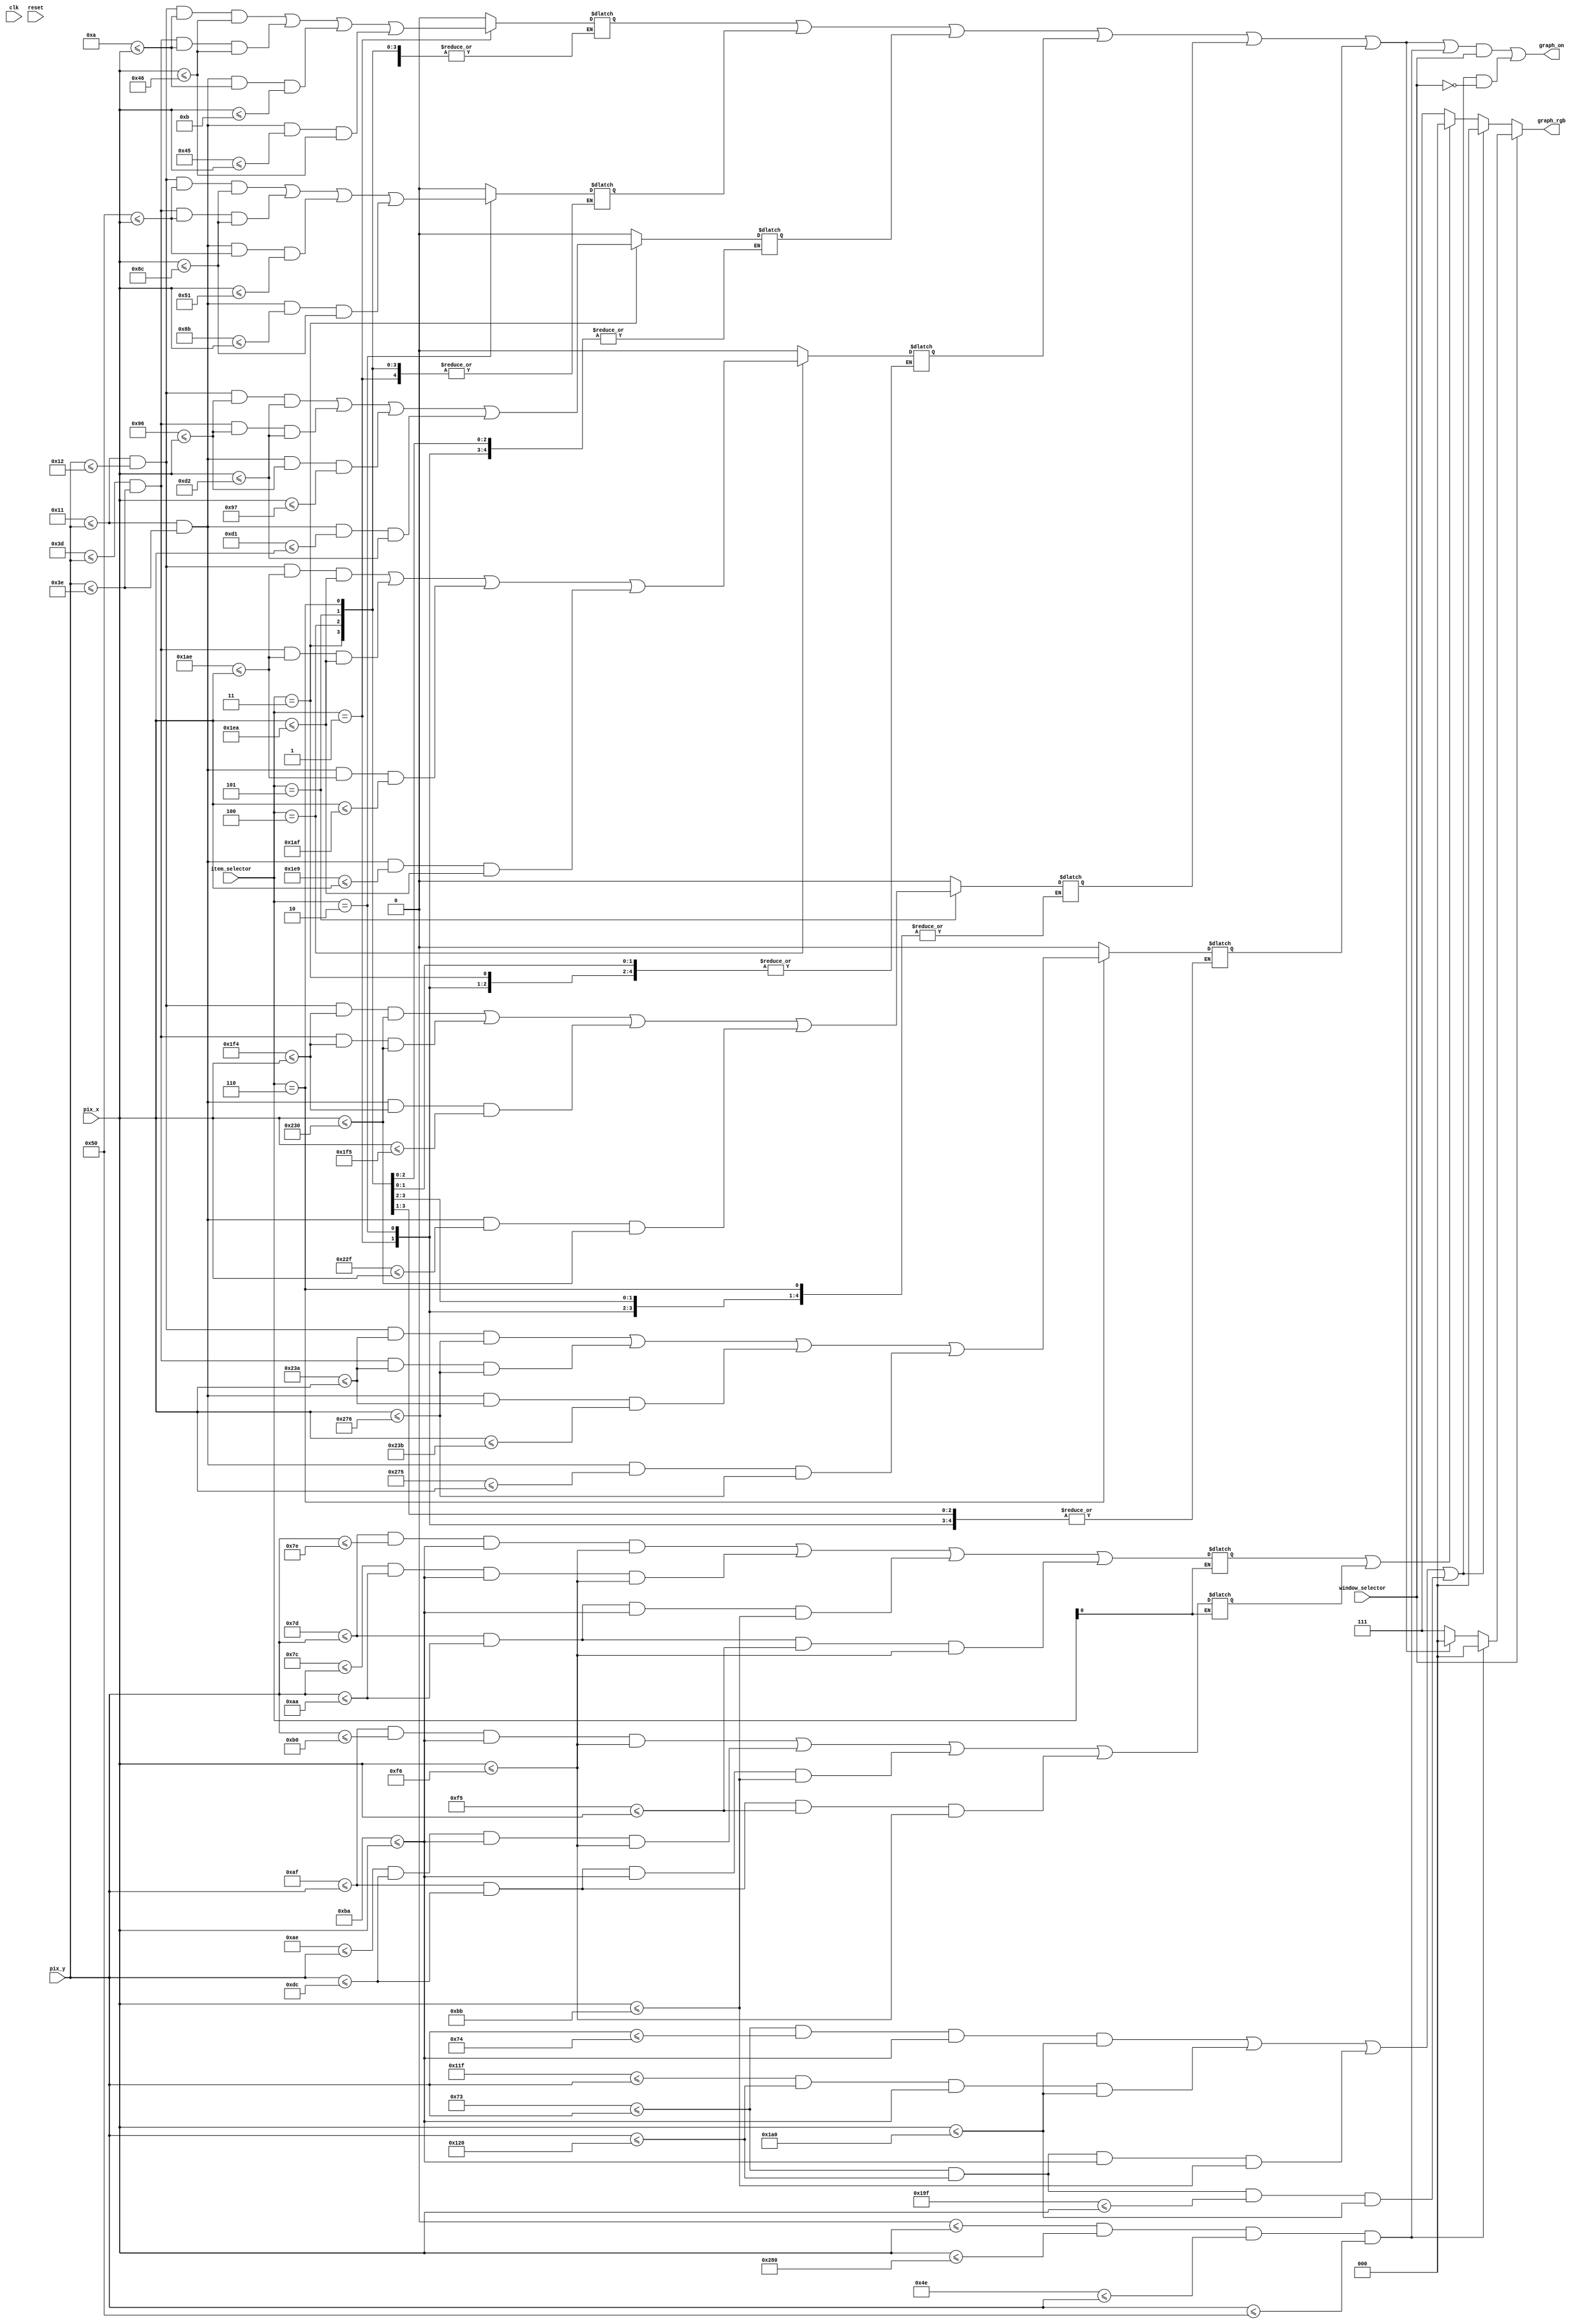
// Listing 14.7
module textMenu_graph 
   (
    input wire clk, reset,
    input wire [2:0] item_selector,
    input wire [9:0] pix_x, pix_y,
	 input wire window_selector,
    output wire graph_on,
    output reg [2:0] graph_rgb
   );

   // costant and signal declaration
   // x, y coordinates (0,0) to (639,479)
   localparam MAX_X = 640;
   localparam MAX_Y = 480;
   
	//Top menu text window sections
	localparam itemTextMenu1 = 4'd1;
	localparam itemTextMenu2 = 4'd2;
	localparam itemTextMenu3 = 4'd3;
	localparam itemTextMenu4 = 4'd4;
	localparam itemTextMenu5 = 4'd5;
	localparam itemTextMenu6 = 4'd6;
	
	//Main menu dialog sections
	localparam itemMainMenu1=1'b0;
	localparam itemMainMenu2=1'b1;
	
	//Menu main window vertical limits
	localparam topMenu_main_y_limit_top = 115;
	localparam topMenu_main_y_limit_bottom = 288;
	
	//Top menu text window vertical limits
	localparam topMenu_y_limit_top = 0;
	localparam topMenu_y_limit_bottom = 80;
	
	//Top menu text window horizontal limits
	localparam topMenu_x_limit_left=0;
	localparam topMenu_x_limit_right=640;
	
	//Top menu main window horizontal limits
	localparam topMenu_main_x_limit_left=186;
	localparam topMenu_main_x_limit_right=416;
	
	//Top menu items sections horizontal each region
	localparam topMenu_x_open_limit_left=10;
	localparam topMenu_x_open_limit_right=topMenu_x_open_limit_left+60;
	localparam topMenu_x_save_limit_left=topMenu_x_open_limit_right+10;
	localparam topMenu_x_save_limit_right=topMenu_x_save_limit_left+60;
	localparam topMenu_x_exit_limit_left=topMenu_x_save_limit_right+10;
	localparam topMenu_x_exit_limit_right=topMenu_x_exit_limit_left+60;
	localparam topMenu_x_center_width=topMenu_x_exit_limit_right+210;
	localparam topMenu_x_caps_limit_left=topMenu_x_center_width+10;
	localparam topMenu_x_caps_limit_right=topMenu_x_caps_limit_left+60;
	localparam topMenu_x_color_limit_left=topMenu_x_caps_limit_right+10;
	localparam topMenu_x_color_limit_right=topMenu_x_color_limit_left+60;
	localparam topMenu_x_size_limit_left=topMenu_x_color_limit_right+10;
	localparam topMenu_x_size_limit_right=topMenu_x_size_limit_left+60;
	
	localparam topMenu_main_y_item_top_limit= topMenu_main_y_limit_top+10;   //////////
	localparam topMenu_main_y_item_bottom_limit= topMenu_main_y_item_top_limit+45;
	localparam topMenu_main_x_item_left_limit= topMenu_main_x_limit_left;
	localparam topMenu_main_x_item_right_limit= topMenu_main_x_limit_left+60;
	
	
	//Top menu items vertical limits
	localparam topMenu_y_item_top_limit=topMenu_y_limit_top+17;
	localparam topMenu_y_item_bottom_limit=topMenu_y_item_top_limit+45; 
	
	wire menu_mostrar_separador;
	wire menu_mostrar;
	
	assign menu_mostrar_separador = (topMenu_x_limit_left<=pix_x) && (pix_x <= topMenu_x_limit_right) &&
							    (topMenu_y_limit_bottom-2<=pix_y) && (pix_y <= topMenu_y_limit_bottom);
   
	assign menu_mostrar=((topMenu_main_y_limit_top<=pix_y) && (pix_y <= topMenu_main_y_limit_top+1) &&
								(topMenu_main_x_limit_left<=pix_x) && (pix_x <= topMenu_main_x_limit_right)) ||
								((topMenu_main_y_limit_bottom-1<=pix_y) && (pix_y <= topMenu_main_y_limit_bottom) &&
								(topMenu_main_x_limit_left<=pix_x) && (pix_x <= topMenu_main_x_limit_right)) ||
								((topMenu_main_y_limit_top<=pix_y) && (pix_y <= topMenu_main_y_limit_bottom) &&
								(topMenu_main_x_limit_left<=pix_x) && (pix_x <= topMenu_main_x_limit_left+1)) ||
								((topMenu_main_y_limit_top<=pix_y) && (pix_y <= topMenu_main_y_limit_bottom) &&
								(topMenu_main_x_limit_right-1<=pix_x) && (pix_x <= topMenu_main_x_limit_right));


	
	reg[5:0] show_item_selector;
	reg [1:0] show_item_main_selector;
	
	reg [2:0] currentItemTextMenu;
	reg currentItemMainMenu;
	


always @ (*) begin
		
		currentItemTextMenu= item_selector;
	
		case(currentItemTextMenu) 
		
			itemTextMenu1: begin
							show_item_selector[0] = ((topMenu_y_item_top_limit<=pix_y) && (pix_y <= topMenu_y_item_top_limit+1) &&
															(topMenu_x_open_limit_left<=pix_x) && (pix_x <= topMenu_x_open_limit_right)) ||
															((topMenu_y_item_bottom_limit-1<=pix_y) && (pix_y <= topMenu_y_item_bottom_limit) &&
															(topMenu_x_open_limit_left<=pix_x) && (pix_x <= topMenu_x_open_limit_right)) ||
															((topMenu_y_item_top_limit<=pix_y) && (pix_y <= topMenu_y_item_bottom_limit) &&
															(topMenu_x_open_limit_left<=pix_x) && (pix_x <= topMenu_x_open_limit_left+1)) ||
															((topMenu_y_item_top_limit<=pix_y) && (pix_y <= topMenu_y_item_bottom_limit) &&
															(topMenu_x_open_limit_right-1<=pix_x) && (pix_x <= topMenu_x_open_limit_right));
							end
			
			itemTextMenu2: begin
							show_item_selector[1] = ((topMenu_y_item_top_limit<=pix_y) && (pix_y <= topMenu_y_item_top_limit+1) &&
															(topMenu_x_save_limit_left<=pix_x) && (pix_x <= topMenu_x_save_limit_right)) ||
															((topMenu_y_item_bottom_limit-1<=pix_y) && (pix_y <= topMenu_y_item_bottom_limit) &&
															(topMenu_x_save_limit_left<=pix_x) && (pix_x <= topMenu_x_save_limit_right)) ||
															((topMenu_y_item_top_limit<=pix_y) && (pix_y <= topMenu_y_item_bottom_limit) &&
															(topMenu_x_save_limit_left<=pix_x) && (pix_x <= topMenu_x_save_limit_left+1)) ||
															((topMenu_y_item_top_limit<=pix_y) && (pix_y <= topMenu_y_item_bottom_limit) &&
															(topMenu_x_save_limit_right-1<=pix_x) && (pix_x <= topMenu_x_save_limit_right));

							end
			
			itemTextMenu3: begin
							show_item_selector[2] = ((topMenu_y_item_top_limit<=pix_y) && (pix_y <= topMenu_y_item_top_limit+1) &&
															(topMenu_x_exit_limit_left<=pix_x) && (pix_x <= topMenu_x_exit_limit_right)) ||
															((topMenu_y_item_bottom_limit-1<=pix_y) && (pix_y <= topMenu_y_item_bottom_limit) &&
															(topMenu_x_exit_limit_left<=pix_x) && (pix_x <= topMenu_x_exit_limit_right)) ||
															((topMenu_y_item_top_limit<=pix_y) && (pix_y <= topMenu_y_item_bottom_limit) &&
															(topMenu_x_exit_limit_left<=pix_x) && (pix_x <= topMenu_x_exit_limit_left+1)) ||
															((topMenu_y_item_top_limit<=pix_y) && (pix_y <= topMenu_y_item_bottom_limit) &&
															(topMenu_x_exit_limit_right-1<=pix_x) && (pix_x <= topMenu_x_exit_limit_right));

							end
			
			itemTextMenu4: begin
							show_item_selector[3] = ((topMenu_y_item_top_limit<=pix_y) && (pix_y <= topMenu_y_item_top_limit+1) &&
															(topMenu_x_caps_limit_left<=pix_x) && (pix_x <= topMenu_x_caps_limit_right)) ||
															((topMenu_y_item_bottom_limit-1<=pix_y) && (pix_y <= topMenu_y_item_bottom_limit) &&
															(topMenu_x_caps_limit_left<=pix_x) && (pix_x <= topMenu_x_caps_limit_right)) ||
															((topMenu_y_item_top_limit<=pix_y) && (pix_y <= topMenu_y_item_bottom_limit) &&
															(topMenu_x_caps_limit_left<=pix_x) && (pix_x <= topMenu_x_caps_limit_left+1)) ||
															((topMenu_y_item_top_limit<=pix_y) && (pix_y <= topMenu_y_item_bottom_limit) &&
															(topMenu_x_caps_limit_right-1<=pix_x) && (pix_x <= topMenu_x_caps_limit_right));

							end
			
			itemTextMenu5: begin
							show_item_selector[4] = ((topMenu_y_item_top_limit<=pix_y) && (pix_y <= topMenu_y_item_top_limit+1) &&
															(topMenu_x_color_limit_left<=pix_x) && (pix_x <= topMenu_x_color_limit_right)) ||
															((topMenu_y_item_bottom_limit-1<=pix_y) && (pix_y <= topMenu_y_item_bottom_limit) &&
															(topMenu_x_color_limit_left<=pix_x) && (pix_x <= topMenu_x_color_limit_right)) ||
															((topMenu_y_item_top_limit<=pix_y) && (pix_y <= topMenu_y_item_bottom_limit) &&
															(topMenu_x_color_limit_left<=pix_x) && (pix_x <= topMenu_x_color_limit_left+1)) ||
															((topMenu_y_item_top_limit<=pix_y) && (pix_y <= topMenu_y_item_bottom_limit) &&
															(topMenu_x_color_limit_right-1<=pix_x) && (pix_x <= topMenu_x_color_limit_right));

							end
			
			itemTextMenu6: begin
							show_item_selector[5] = ((topMenu_y_item_top_limit<=pix_y) && (pix_y <= topMenu_y_item_top_limit+1) &&
															(topMenu_x_size_limit_left<=pix_x) && (pix_x <= topMenu_x_size_limit_right)) ||
															((topMenu_y_item_bottom_limit-1<=pix_y) && (pix_y <= topMenu_y_item_bottom_limit) &&
															(topMenu_x_size_limit_left<=pix_x) && (pix_x <= topMenu_x_size_limit_right)) ||
															((topMenu_y_item_top_limit<=pix_y) && (pix_y <= topMenu_y_item_bottom_limit) &&
															(topMenu_x_size_limit_left<=pix_x) && (pix_x <= topMenu_x_size_limit_left+1)) ||
															((topMenu_y_item_top_limit<=pix_y) && (pix_y <= topMenu_y_item_bottom_limit) &&
															(topMenu_x_size_limit_right-1<=pix_x) && (pix_x <= topMenu_x_size_limit_right));

							end
			default: 	begin
							show_item_selector= 3'b000;			
							end
		endcase
	end
	
	
	always @ (*) begin
		
		currentItemMainMenu =item_selector[1:0];
	
		case(currentItemMainMenu) 
		
			itemMainMenu1: begin
							show_item_main_selector[0] = ((topMenu_main_y_item_top_limit<=pix_y) && (pix_y <= topMenu_main_y_item_top_limit+1) &&
															(topMenu_main_x_item_left_limit<=pix_x) && (pix_x <= topMenu_main_x_item_right_limit)) ||
															((topMenu_main_y_item_top_limit-1<=pix_y) && (pix_y <= topMenu_main_y_item_bottom_limit) &&
															(topMenu_main_x_item_left_limit<=pix_x) && (pix_x <= topMenu_main_x_item_right_limit)) ||
															((topMenu_main_y_item_top_limit<=pix_y) && (pix_y <= topMenu_main_y_item_bottom_limit) &&
															(topMenu_main_x_item_left_limit<=pix_x) && (pix_x <= topMenu_main_x_item_left_limit+1)) ||
															((topMenu_main_y_item_top_limit<=pix_y) && (pix_y <= topMenu_main_y_item_bottom_limit) &&
															(topMenu_main_x_item_right_limit-1<=pix_x) && (pix_x <= topMenu_main_x_item_right_limit));
							end
			
			itemMainMenu2: begin
							show_item_main_selector[1] = ((topMenu_main_y_item_top_limit+50<=pix_y) && (pix_y <= topMenu_main_y_item_top_limit+50+1) &&
															(topMenu_main_x_item_left_limit<=pix_x) && (pix_x <= topMenu_main_x_item_right_limit)) ||
															((topMenu_main_y_item_top_limit+50-1<=pix_y) && (pix_y <= topMenu_main_y_item_bottom_limit+50) &&
															(topMenu_main_x_item_left_limit<=pix_x) && (pix_x <= topMenu_main_x_item_right_limit)) ||
															((topMenu_main_y_item_top_limit+50<=pix_y) && (pix_y <= topMenu_main_y_item_bottom_limit+50) &&
															(topMenu_main_x_item_left_limit<=pix_x) && (pix_x <= topMenu_main_x_item_left_limit+1)) ||
															((topMenu_main_y_item_top_limit+50<=pix_y) && (pix_y <= topMenu_main_y_item_bottom_limit+50) &&
															(topMenu_main_x_item_right_limit-1<=pix_x) && (pix_x <= topMenu_main_x_item_right_limit));

							end
			default: 	begin
							show_item_main_selector= 2'b00;			
							end
		endcase
	end

   //--------------------------------------------
   // rgb multiplexing circuit
   //--------------------------------------------
   always @* begin
	graph_rgb = 3'b111;
		if(window_selector) begin
			if (menu_mostrar_separador)
				graph_rgb = 3'b000;
			else if (show_item_selector[0] || show_item_selector[1] || show_item_selector[2] ||
         		show_item_selector[3] || show_item_selector[4] || show_item_selector[5])
					graph_rgb = 3'b000;
			else
				graph_rgb = 3'b111; // black background
		end 
		else if (!window_selector) begin
			if(menu_mostrar)
				graph_rgb=3'b000;
			else if(show_item_main_selector[0] || show_item_main_selector[1])
				graph_rgb =3'b000;
			else
				graph_rgb = 3'b111; // black background
		end
	end
	
	assign graph_on=((show_item_selector[0] || show_item_selector[1] || show_item_selector[2] ||
						   show_item_selector[3] || show_item_selector[4] || show_item_selector[5] || menu_mostrar_separador) && window_selector) ||
						((/*show_item_main_selector[0]||show_item_main_selector[1]||*/ menu_mostrar) && !window_selector);

endmodule